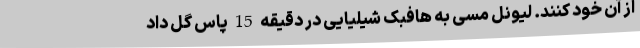
از آن خود کنند. لیونل مسی به هافبک شیلیایی در دقیقه 15 پاس گل داد